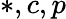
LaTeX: *,c,p